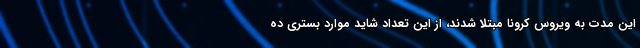
این مدت به ویروس کرونا مبتلا شدند، از این تعداد شاید موارد بستری ده